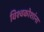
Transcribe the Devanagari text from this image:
विश्वकोशांना